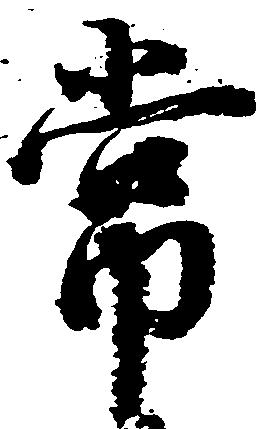
常